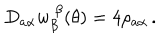
D _ { a \alpha } w _ { \beta } ^ { ~ \beta } ( \theta ) = 4 \rho _ { a \alpha } \, .